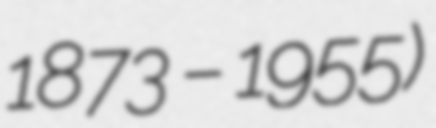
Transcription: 1873 – 1955)